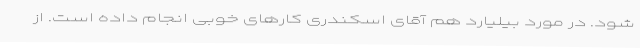
شود. در مورد بیلیارد هم آقای اسکندری کارهای خوبی انجام داده است. از